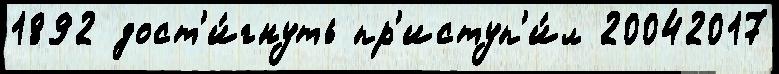
1892 дост'и́гнуть пр'иступ'и́л 20042017